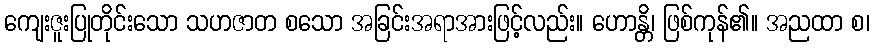
ကျေးဇူးပြုတိုင်းသော သဟဇာတ စသော အခြင်းအရာအားဖြင့်လည်း။ ဟောန္တိ၊ ဖြစ်ကုန်၏။ အညထာ စ၊